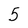
Character: 5